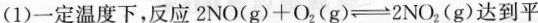
(1)一定温度下，反应$$2 N O ( g ) + O _ { 2 } ( g ) 2 N O _ { 2 } ( g )$$达到平